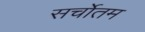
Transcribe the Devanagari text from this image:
सर्चोतम